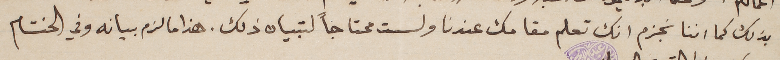
بذلك كما اننا نجزم انك تعلم مقامك عندنا ولست محتاجاً لتبيان ذلك. هذا ما لزم بيانه وفي الختام